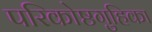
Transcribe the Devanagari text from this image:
परिकोष्ठगुहिका